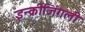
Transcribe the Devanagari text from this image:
इन्क्रीजिंगली